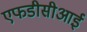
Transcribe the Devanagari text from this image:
एफडीसीआई